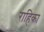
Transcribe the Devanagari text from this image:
राहिका